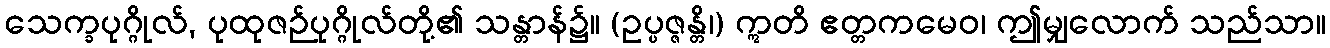
သေက္ခပုဂ္ဂိုလ်, ပုထုဇဉ်ပုဂ္ဂိုလ်တို့၏ သန္တာန်၌။ (ဥပ္ပဇ္ဇန္တိ၊) ဣတိ ဧတ္တကမေဝ၊ ဤမျှလောက် သည်သာ။